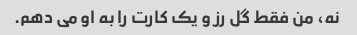
نه، من فقط گل رز و یک کارت را به او می دهم.